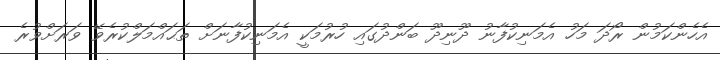
އެހެންކަމުން ރޯދަ މަހު އެމަނިކުފާނު ދޫނިދޫ ބަންދުގައި ހުރުމަކީ އެމަނިކުފާނަށް ތަޙައްމަލްކުރެވޭ ވަރަށްވުރެ